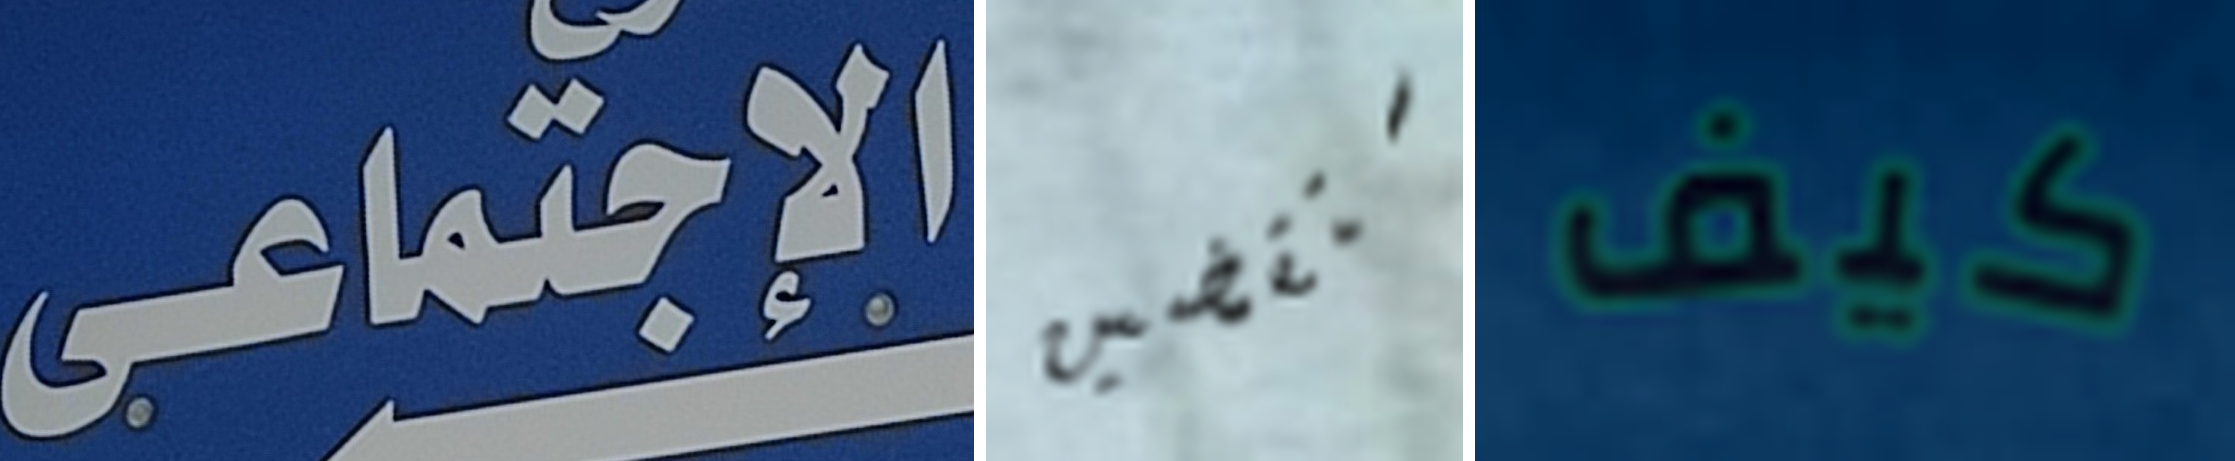
الإجتماعى ستقضين كيف